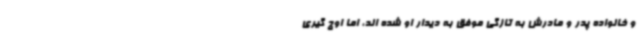
و خانواده پدر و مادرش به تازگی موفق به دیدار او شده اند، اما اوج گیری